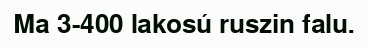
Ma 3-400 lakosú ruszin falu.